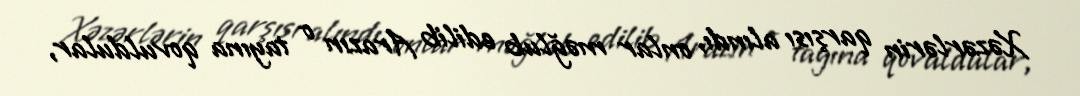
Xəzərlərin qarşısı alındı, onlar məğlub edilib Arazın o tayına qovuldular,